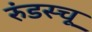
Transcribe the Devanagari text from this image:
रुंडस्चू